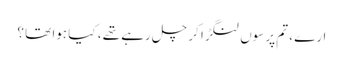
ارے ، تم پرسوں لنگڑا کر چل رہے تھے ، کیا ہوا تھا ؟